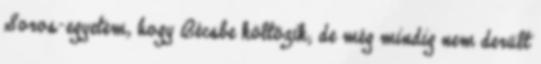
Soros-egyetem, hogy Bécsbe költözik; de még mindig nem derült